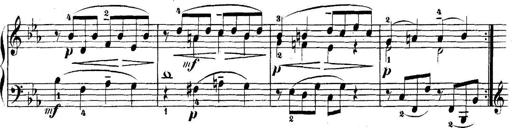
Title: 5 Sonatinas
Composer: Theodor Kirchner